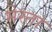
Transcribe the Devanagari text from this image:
मेस्ता